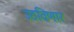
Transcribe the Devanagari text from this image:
उठविणार